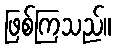
ဖြစ်ကြသည်။